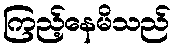
ကြည့်နေမိသည်